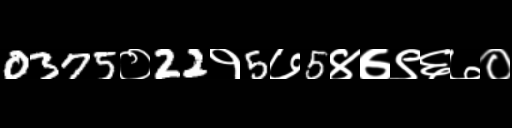
Text: 0375०22१5७5४७९६७०